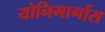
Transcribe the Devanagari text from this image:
योनिमार्गास